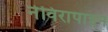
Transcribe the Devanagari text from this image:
नेविरापाइन